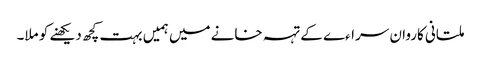
ملتانی کاروان سراءے کے تہہ خانے میں ہمیں بہت کچھ دیکھنے کو ملا۔